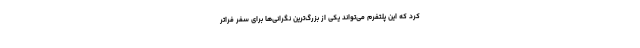
کرد که این پلتفرم می‌تواند یکی از بزرگ‌ترین نگرانی‌ها برای سفر فراتر